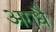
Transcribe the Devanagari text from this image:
अराधै